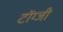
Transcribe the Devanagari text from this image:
टोंग्जी